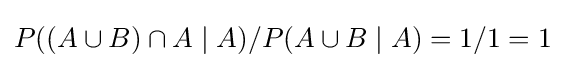
P((A\cup B)\cap A\mid A)/P(A\cup B\mid A)=1/1=1